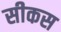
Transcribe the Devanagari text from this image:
सीकस